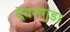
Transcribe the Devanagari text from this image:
देवरागुंडा